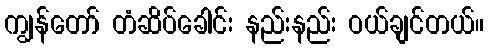
ကျွန်တော် တံဆိပ်ခေါင်း နည်းနည်း ဝယ်ချင်တယ်။